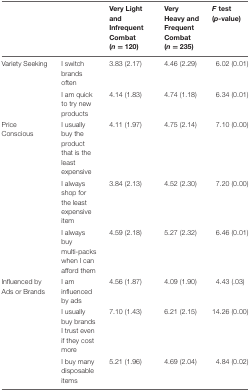
<table><thead><tr><td></td><td></td><td><b>Very Light and Infrequent Combat (<i>n</i> = 120)</b></td><td><b>Very Heavy and Frequent Combat (<i>n</i> = 235)</b></td><td><b><i>F</i> test (<i>p</i>-value)</b></td></tr></thead><tbody><tr><td>Variety Seeking</td><td>I switch brands often</td><td>3.83 (2.17)</td><td>4.46 (2.29)</td><td>6.02 (0.01)</td></tr><tr><td></td><td>I am quick to try new products</td><td>4.14 (1.83)</td><td>4.74 (1.18)</td><td>6.34 (0.01)</td></tr><tr><td>Price Conscious</td><td>I usually buy the product that is the least expensive</td><td>4.11 (1.97)</td><td>4.75 (2.14)</td><td>7.10 (0.00)</td></tr><tr><td></td><td>I always shop for the least expensive item</td><td>3.84 (2.13)</td><td>4.52 (2.30)</td><td>7.20 (0.00)</td></tr><tr><td></td><td>I always buy multi-packs when I can afford them</td><td>4.59 (2.18)</td><td>5.27 (2.32)</td><td>6.46 (0.01)</td></tr><tr><td>Influenced by Ads or Brands</td><td>I am influenced by ads</td><td>4.56 (1.87)</td><td>4.09 (1.90)</td><td>4.43 (.03)</td></tr><tr><td></td><td>I usually buy brands I trust even if they cost more</td><td>7.10 (1.43)</td><td>6.21 (2.15)</td><td>14.26 (0.00)</td></tr><tr><td></td><td>I buy many disposable items</td><td>5.21 (1.96)</td><td>4.69 (2.04)</td><td>4.84 (0.02)</td></tr></tbody></table>